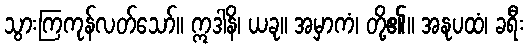
သွားကြကုန်လတ်သော်။ ဣဒါနိ၊ ယခု။ အမှာကံ၊ တို့၏။ အနုပထံ၊ ခရီး